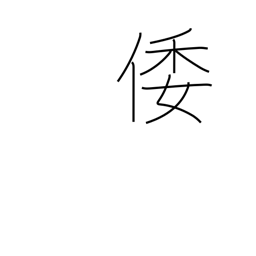
Meaning: ancient Japan